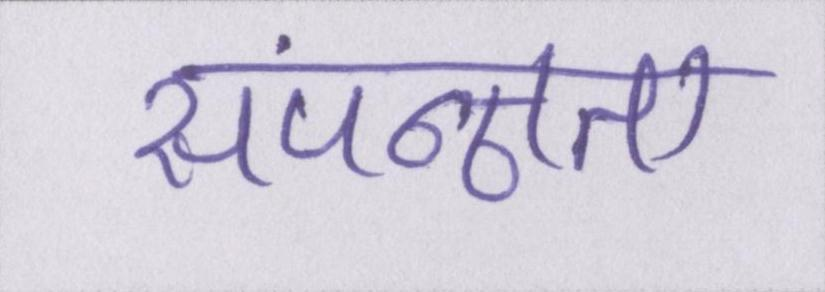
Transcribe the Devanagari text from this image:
संपन्नता